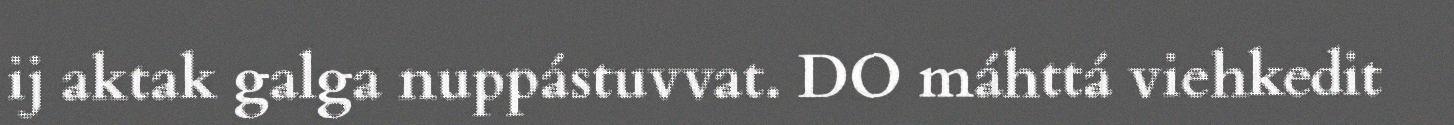
ij aktak galga nuppástuvvat. DO máhttá viehkedit